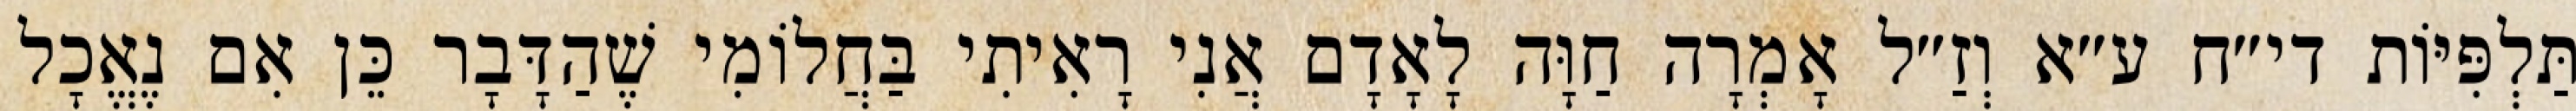
תַּלְפִּיּוֹת די״ח ע״א וְזַ״ל אָמְרָה חַוָּה לָאָדָם אֲנִי רָאִיתִי בַּחֲלוֹמִי שֶׁהַדָּבָר כֵּן אִם נֶאֱכָל